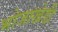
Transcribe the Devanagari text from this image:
भोजाखेडी